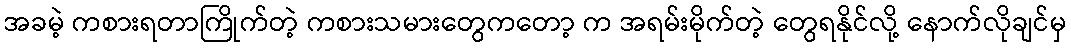
အခမဲ့ ကစားရတာကြိုက်တဲ့ ကစားသမားတွေကတော့ က အရမ်းမိုက်တဲ့ တွေရနိုင်လို့ နောက်လိုချင်မှ